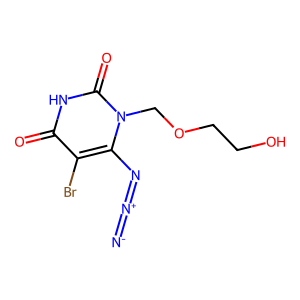
SMILES: [N-]=[N+]=Nc1c(Br)c(=O)[nH]c(=O)n1COCCO
Inhibits HIV replication: No